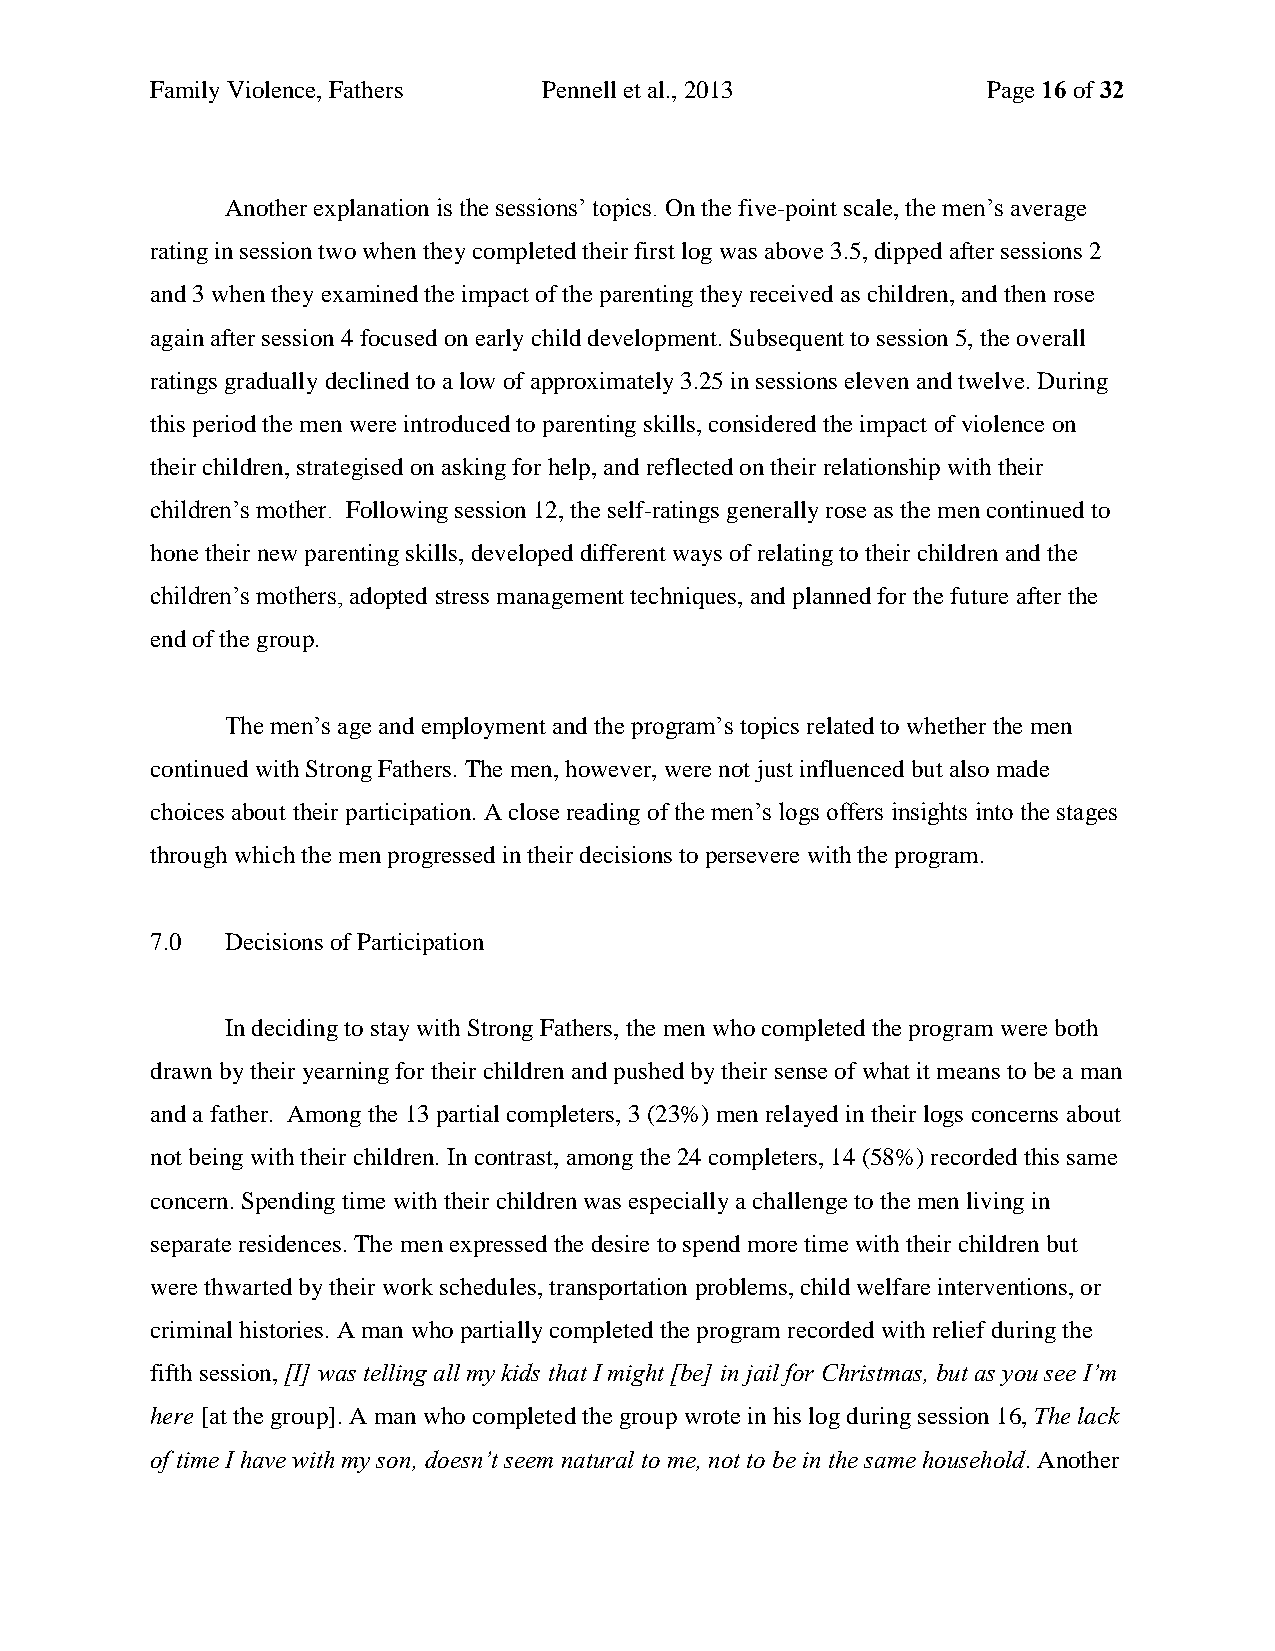
Family Violence, Fathers  Pennell et al., 2013         Page 16 of 32
 Another explanation is the sessions’ topics. On the five-point scale, the men’s average
 rating in session two when they completed their first log was above 3.5, dipped after sessions 2
 and 3 when they examined the impact of the parenting they received as children, and then rose
 again after session 4 focused on early child development. Subsequent to session 5, the overall
 ratings gradually declined to a low of approximately 3.25 in sessions eleven and twelve. During
 this period the men were introduced to parenting skills, considered the impact of violence on
 their children, strategised on asking for help, and reflected on their relationship with their
 children’s mother. Following session 12, the self-ratings generally rose as the men continued to
 hone their new parenting skills, developed different ways of relating to their children and the
 children’s mothers, adopted stress management techniques, and planned for the future after the
 end of the group.
 The men’s age and employment and the program’s topics related to whether the men
 continued with Strong Fathers. The men, however, were not just influenced but also made
 choices about their participation. A close reading of the men’s logs offers insights into the stages
 through which the men progressed in their decisions to persevere with the program.
 7.0  Decisions of Participation
 In deciding to stay with Strong Fathers, the men who completed the program were both
 drawn by their yearning for their children and pushed by their sense of what it means to be a man
 and a father. Among the 13 partial completers, 3 (23%) men relayed in their logs concerns about
 not being with their children. In contrast, among the 24 completers, 14 (58%) recorded this same
 concern. Spending time with their children was especially a challenge to the men living in
 separate residences. The men expressed the desire to spend more time with their children but
 were thwarted by their work schedules, transportation problems, child welfare interventions, or
 criminal histories. A man who partially completed the program recorded with relief during the
 fifth session, [I] was telling all my kids that I might [be] in jail for Christmas, but as you see I’m
 here [at the group]. A man who completed the group wrote in his log during session 16, The lack
 of time I have with my son, doesn’t seem natural to me, not to be in the same household. Another